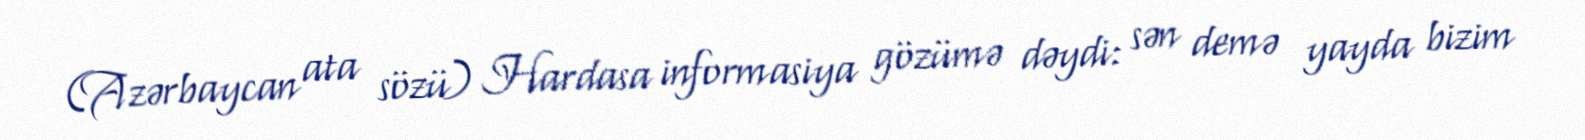
(Azərbaycan ata sözü) Hardasa informasiya gözümə dəydi: sən demə yayda bizim